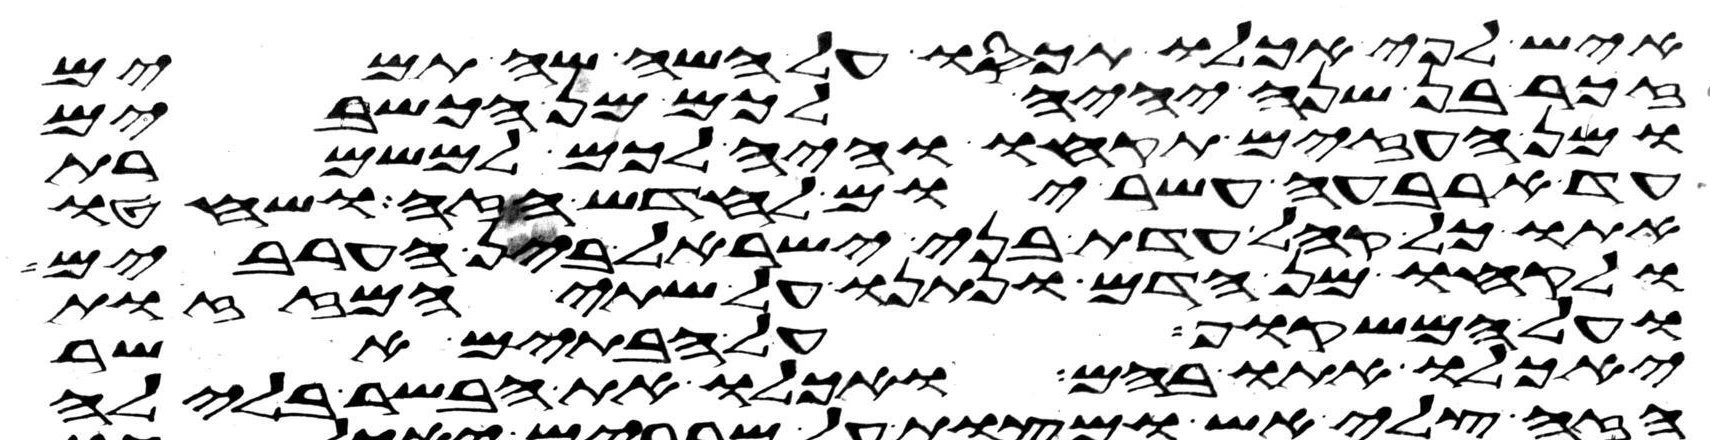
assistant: איש לפי אכלו תכסו על השה שה תמים
זכר בן שנה יהיה לכם מן הכשבים
ומן העזים תקחו והיה לכם למשמרת
עד ארבעה עשר יום לחדש הזה ושחטו
אתו כל קהל עדת בני ישראל בין הערבים
ולקחו מן הדם ונתנו על שתי המזזות
ועל המשקוף על הבתים אשר
יאכלו אתו בהם ואכלו את הבשר בלילה